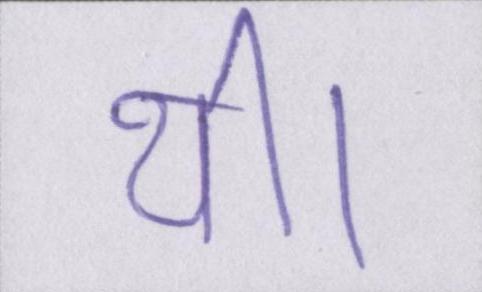
थी।